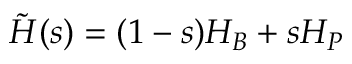
{ \tilde { H } } ( s ) = ( 1 - s ) H _ { B } + s H _ { P }